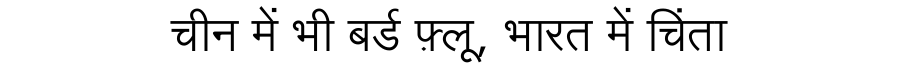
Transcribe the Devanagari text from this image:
चीन में भी बर्ड फ़्लू, भारत में चिंता